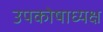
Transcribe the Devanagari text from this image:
उपकोषाध्यक्ष